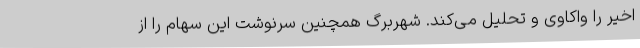
اخیر را واکاوی و تحلیل می‌کند. شهربرگ همچنین سرنوشت این سهام را از